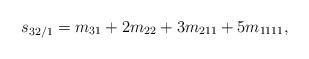
LaTeX: \begin{align*} s_{32/1} = m_{31} + 2m_{22} + 3m_{211} + 5m_{1111},\end{align*}